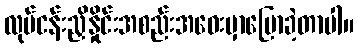
လုပ်ငန်းညှိနှိုင်းအစည်းအဝေးမှာပြောခဲ့တာပါ။